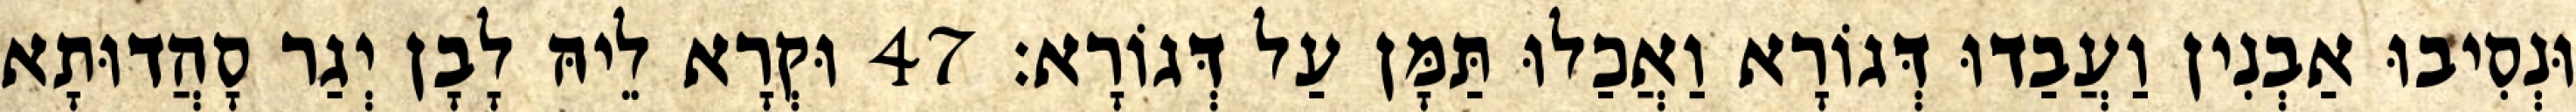
וּנְסִיבוּ אַבְנִין וַעֲבַדוּ דְּגוֹרָא וַאֲכַלוּ תַּמָּן עַל דְּגוֹרָא׃ 47 וּקְרָא לֵיהּ לָבָן יְגַר סָהֲדוּתָא